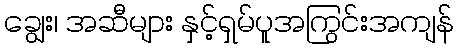
ချွေး၊ အဆီများ နှင့်ရှမ်ပူအကြွင်းအကျန်